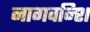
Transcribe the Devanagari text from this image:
नागवन्शि